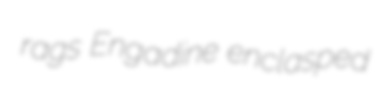
rags Engadine enclasped